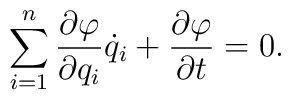
\sum_{i=1}^{n}\frac{\partial \varphi }{\partial q_i}\dot q_i +\frac{\partial\varphi}{\partial t }=0{.}